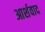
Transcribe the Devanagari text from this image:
आर्शवाद